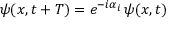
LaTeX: \psi ( x , t + T ) = e ^ { - i \alpha _ { i } } \, \psi ( x , t )